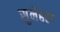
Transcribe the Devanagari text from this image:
सुनेहरा